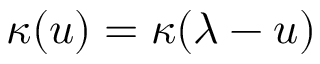
\kappa ( u ) = \kappa ( \lambda - u )